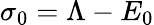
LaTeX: \sigma_{0}=\Lambda-E_{0}